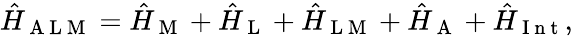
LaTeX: \hat{H}_{\mathrm{~A~L~M~}}=\hat{H}_{\mathrm{~M~}}+\hat{H}_{\mathrm{~L~}}+\hat{H}_{\mathrm{~L~M~}}+\hat{H}_{\mathrm{~A~}}+\hat{H}_{\mathrm{~I~n~t~}},